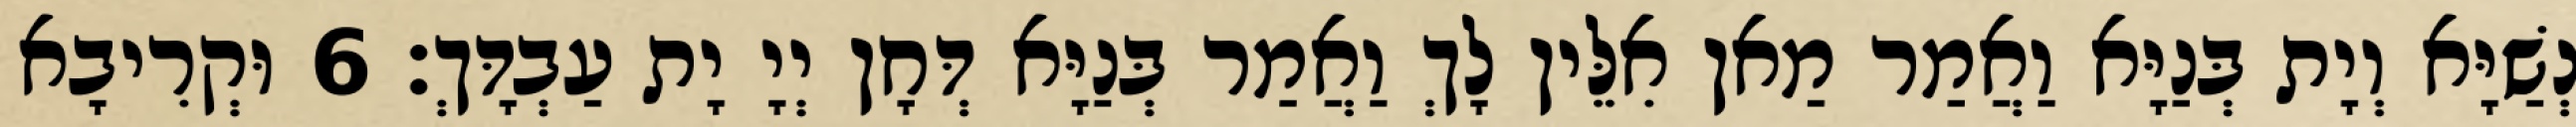
נְשַׁיָּא וְיָת בְּנַיָּא וַאֲמַר מַאן אִלֵּין לָךְ וַאֲמַר בְּנַיָּא דְּחָן יְיָ יָת עַבְדָּךְ׃ 6 וּקְרִיבָא